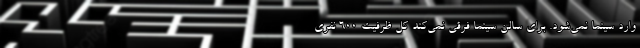
وارد سینما نمی‌شود. برای سالن سینما فرقی نمی‌کند کل ظرفیت ۶۰۰ نفری